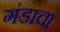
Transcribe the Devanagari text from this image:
गंडाचा